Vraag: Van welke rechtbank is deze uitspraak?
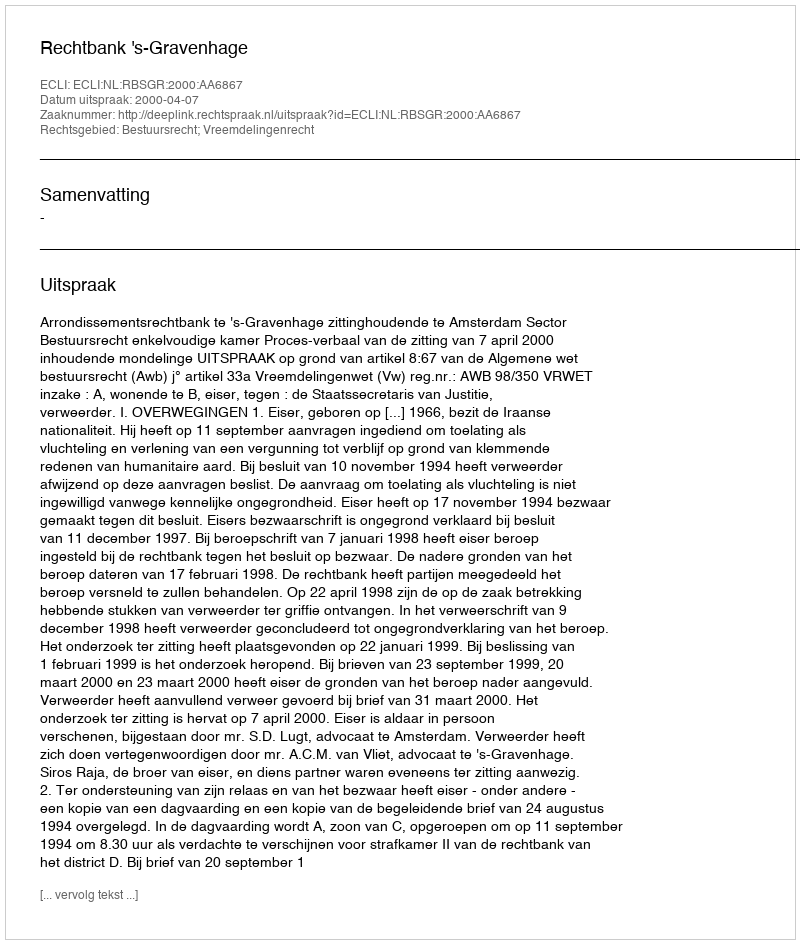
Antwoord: Rechtbank 's-Gravenhage